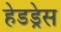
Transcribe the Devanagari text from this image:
हेडड्रेस